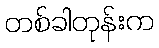
တစ်ခါတုန်းက